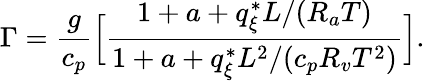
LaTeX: \Gamma=\frac{g}{c_{p}}\Big[\frac{1+a+q_{\xi}^{*}L/(R_{a}T)}{1+a+q_{\xi}^{*}L^{2}/(c_{p}R_{v}T^{2})}\Big].